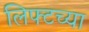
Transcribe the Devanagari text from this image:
लिफ्टच्या